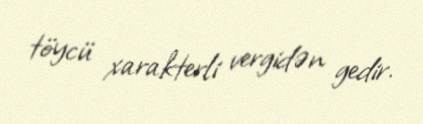
töycü xarakterli vergidən gedir.